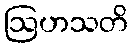
ဩဟသတိ